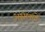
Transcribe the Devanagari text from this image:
असेलले